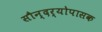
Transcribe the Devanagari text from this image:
सौन्दर्योपासक